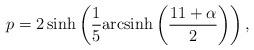
LaTeX: \begin{align*}p=2\sinh\left(\frac{1}{5}\textrm{arcsinh}\left(\frac{11+\alpha}{2}\right)\right),\end{align*}